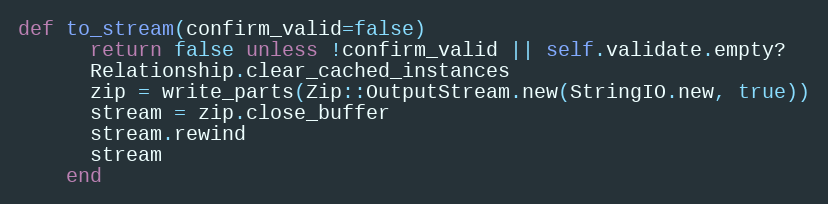
Language: Ruby
def to_stream(confirm_valid=false)
      return false unless !confirm_valid || self.validate.empty?
      Relationship.clear_cached_instances
      zip = write_parts(Zip::OutputStream.new(StringIO.new, true))
      stream = zip.close_buffer
      stream.rewind
      stream
    end